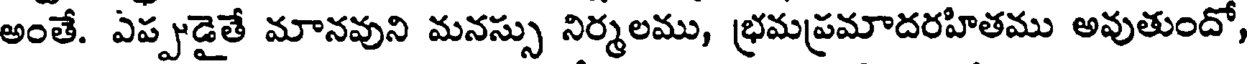
అంతే. ఎప్పుడైతే మానవుని మనస్సు నిర్మలము, భ్రమప్రమాదరహితము అవుతుందో,